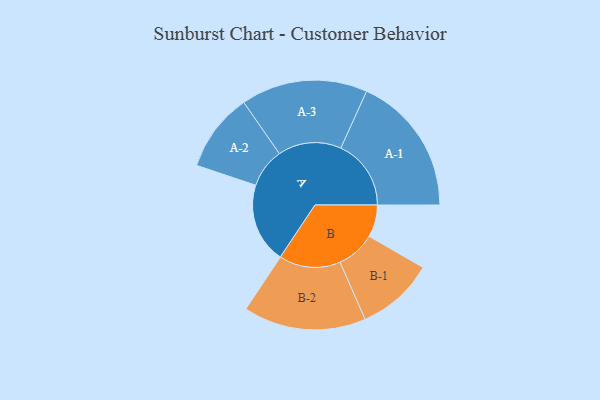
{"axis": {"x": "Segment", "y": "Value"}, "legend": ["", "A", "B"], "data": [{"x": "A", "y": 334, "type": ""}, {"x": "B", "y": 134, "type": ""}, {"x": "A-1", "y": 293, "type": "A"}, {"x": "A-2", "y": 164, "type": "A"}, {"x": "A-3", "y": 264, "type": "A"}, {"x": "B-1", "y": 162, "type": "B"}, {"x": "B-2", "y": 256, "type": "B"}]}